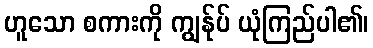
ဟူသော စကားကို ကျွန်ုပ် ယုံကြည်ပါ၏၊